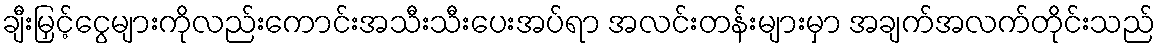
ချီးမြှင့်ငွေများကိုလည်းကောင်းအသီးသီးပေးအပ်ရာ အလင်းတန်းများမှာ အချက်အလက်တိုင်းသည်